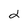
Character: 2